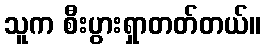
သူက စီးပွားရှာတတ်တယ်။